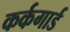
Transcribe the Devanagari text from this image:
कर्कगार्ड